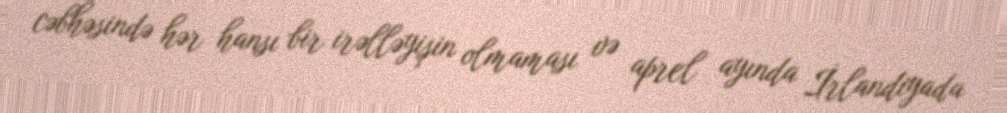
cəbhəsində hər hansı bir irəlləyişin olmaması və aprel ayında İrlandiyada